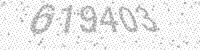
Solution: 619403